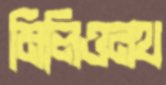
মিলিওনথ